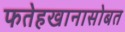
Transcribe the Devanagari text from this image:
फतेहखानासोबत